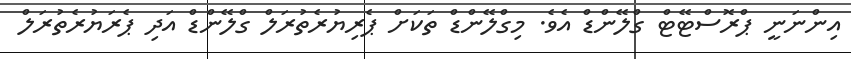
އިންނަނީ ޕްރޮސްޓޭޓް ގްލޭންޑް އެވެ. މިގްލޭންޑް ތަކަށް ޕެރިޔުރެތުރަލް ގްލޭންޑް އަދި ޕެރަޔުރެތުރަލް